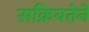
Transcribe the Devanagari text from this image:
सक्रियतेने